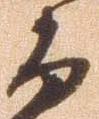
而